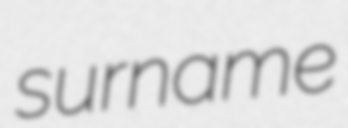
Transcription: surname